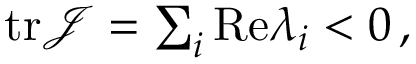
\begin{array} { r } { \mathrm { t r } \mathcal { J } = \sum _ { i } \mathrm { R e } \lambda _ { i } < 0 \, , } \end{array}